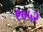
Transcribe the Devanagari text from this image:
९०५२